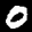
Label: 0